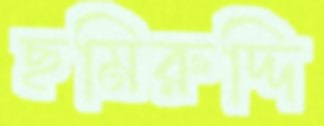
ছমিরুদ্দি